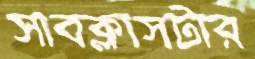
সাবক্লাসটার